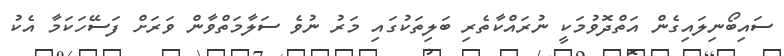
ސައިބޯނިލައިގެން އަތްދޮވުމަކީ ނުރައްކާތެރި ބަލިތަކުގައި މަރު ނުވެ ސަލާމަތްވާން ވަރަށް ފަސޭހަކަމާ އެކު